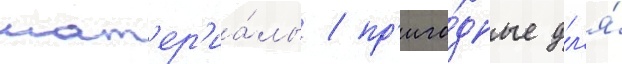
мат'ер'иа́лы / пр'иго́дные дл'я́